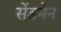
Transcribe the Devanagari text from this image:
सेंडमेन